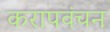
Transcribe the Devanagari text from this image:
करापवंचन